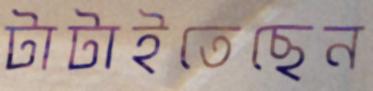
টাটাইতেছেন